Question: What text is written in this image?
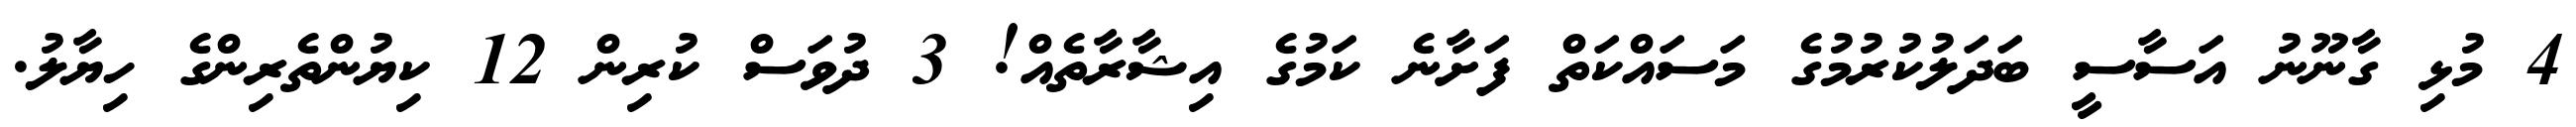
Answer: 4 މުޅި ގާނޫނު އަސާސީ ބަދަލުކުރުމުގެ މަސައްކަތް ފަށާނެ ކަމުގެ އިޝާރާތެއް! 3 ދުވަސް ކުރިން 12 ކިޔުންތެރިންގެ ހިޔާލު.